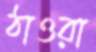
ঠাওরা